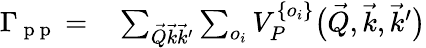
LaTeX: \begin{array}{rl}{\Gamma_{\mathrm{~p~p~}}=}&{{}\sum_{\vec{Q}\vec{k}\vec{k}^{\prime}}\sum_{o_{i}}V_{P}^{\{ o_{i}\} }\big(\vec{Q},\vec{k},\vec{k}^{\prime}\big)}\end{array}